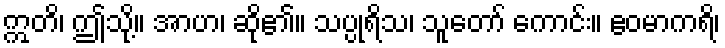
ဣတိ၊ ဤသို့။ အာဟ၊ ဆို၏။ သပ္ပုရိသ၊ သူတော် ကောင်း။ ဧဝမာကရိ၊